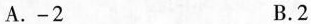
A.-2 B.2